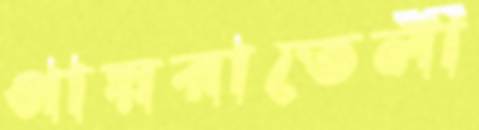
পায়রাতেলী